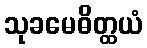
သုခမေဓိတ္ထယံ